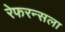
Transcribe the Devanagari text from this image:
रेफरन्सला